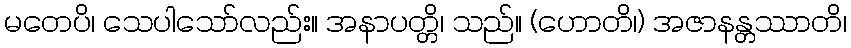
မတေပိ၊ သေပါသော်လည်း။ အနာပတ္တိ၊ သည်။ (ဟောတိ၊) အဇာနန္တဿာတိ၊